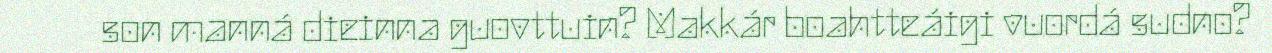
son manná dieinna guovttuin? Makkár boahtteáigi vuordá sudno?